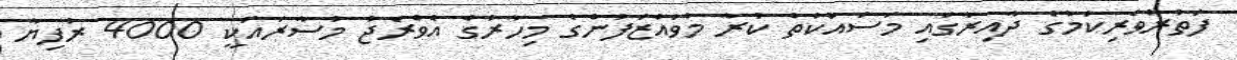
ފަތުރުވެރިކަމުގެ ދާއިރާގައި މަސައްކަތް ކުރާ މުވައްޒަފުންގެ މިހާރުގެ އެވްރެޖު މުސާރައަކީ 4000 ރުފިޔާ